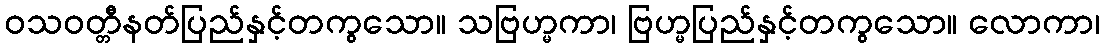
ဝသဝတ္တီနတ်ပြည်နှင့်တကွသော။ သဗြဟ္မကာ၊ ဗြဟ္မပြည်နှင့်တကွသော။ လောကာ၊